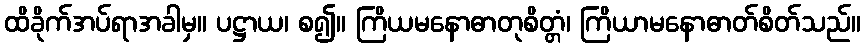
ထိခိုက်အပ်ရာအခါမှ။ ပဋ္ဌာယ၊ စ၍။ ကြိယမနောဓာတုစိတ္တံ၊ ကြိယာမနောဓာတ်စိတ်သည်။